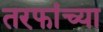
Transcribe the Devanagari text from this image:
तरफांच्या